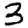
Digit: 3